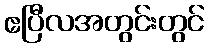
ဧပြီလအတွင်းတွင်